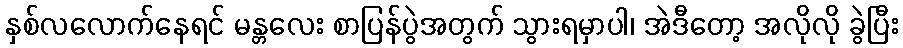
နှစ်လလောက်နေရင် မန္တလေး စာပြန်ပွဲအတွက် သွားရမှာပါ၊ အဲဒီတော့ အလိုလို ခွဲပြီး